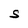
Character: S